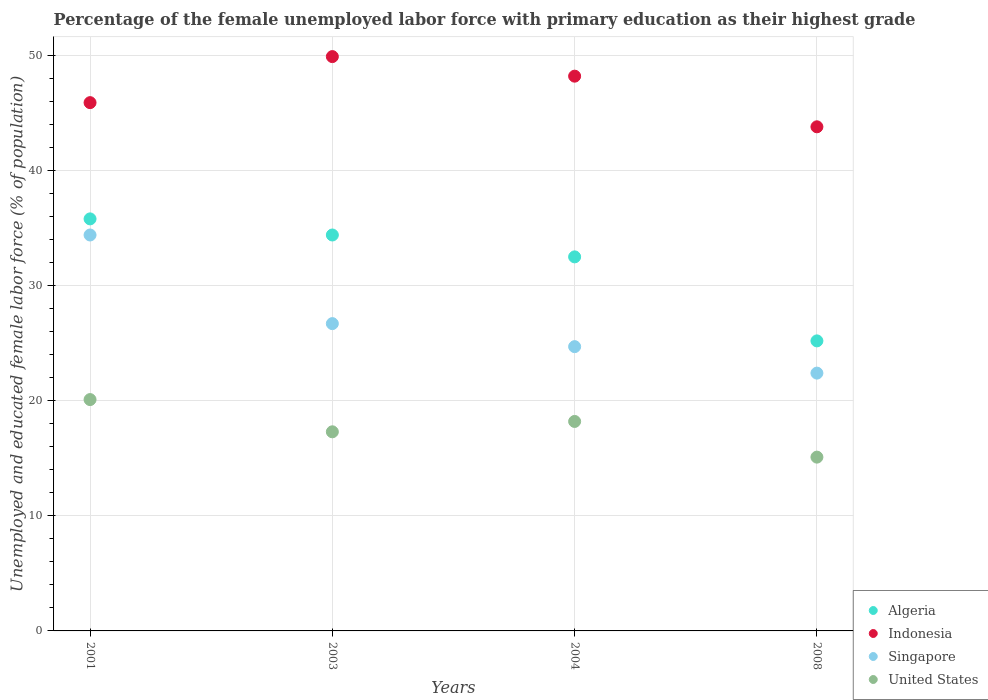
| Years | Algeria | Indonesia | Singapore | United States |
 | --- | --- | --- | --- | --- |
 | 2001 | 35.8 | 45.9 | 34.4 | 20.1 |
 | 2003 | 34.4 | 49.9 | 26.7 | 17.3 |
 | 2004 | 32.5 | 48.2 | 24.7 | 18.2 |
 | 2008 | 25.2 | 43.8 | 22.4 | 15.1 |